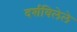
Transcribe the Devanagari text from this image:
दर्शविलेले